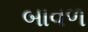
બાવળ